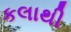
કલાથી